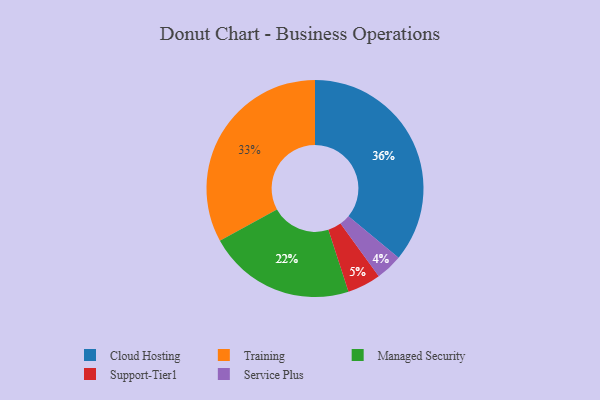
{"axis": {"x": "Category", "y": "Percentage"}, "legend": ["Cloud Hosting", "Managed Security", "Service Plus", "Support-Tier1", "Training"], "data": [{"x": "Service Plus", "y": 4, "type": "Service Plus"}, {"x": "Cloud Hosting", "y": 36, "type": "Cloud Hosting"}, {"x": "Managed Security", "y": 22, "type": "Managed Security"}, {"x": "Training", "y": 33, "type": "Training"}, {"x": "Support-Tier1", "y": 5, "type": "Support-Tier1"}]}